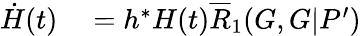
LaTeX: \begin{array}{rl}{\dot{H}(t)}&{{}=h^{\ast}H(t)\overline{{R}}_{1}(G,G|P^{\prime})}\end{array}